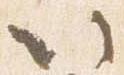
以